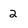
Character: 2